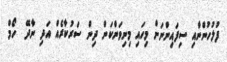
ފުލުހުންނާއި ސިފައިންނަށް މިހައި މިނިވަންކަން ދިން ސަރުކާރެއް އަދި ނާދޭ  ހޯމް